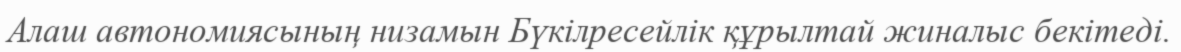
Алаш автономиясының низамын Бүкілресейлік құрылтай жиналыс бекітеді.